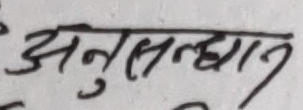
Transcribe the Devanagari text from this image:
अनुसन्धान